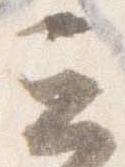
云